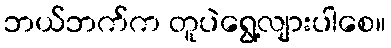
ဘယ်ဘက်က တူပဲရွေ့လျားပါစေ။